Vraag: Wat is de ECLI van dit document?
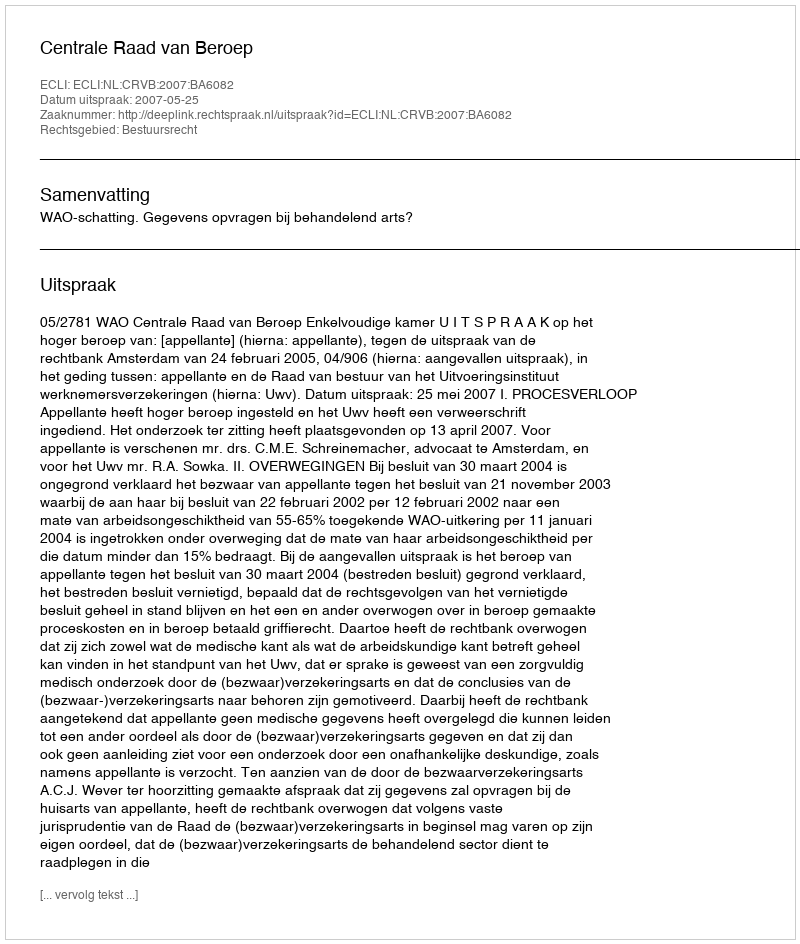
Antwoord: ECLI:NL:CRVB:2007:BA6082